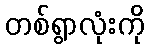
တစ်ရွာလုံးကို